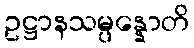
ဥဋ္ဌာနသမ္ပန္နောတိ